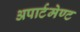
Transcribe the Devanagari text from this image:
अपार्टमेण्ट